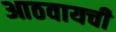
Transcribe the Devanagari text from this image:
आठवायची